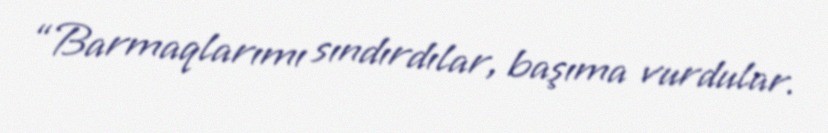
“Barmaqlarımı sındırdılar, başıma vurdular.